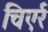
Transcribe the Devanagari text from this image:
चिएर्र